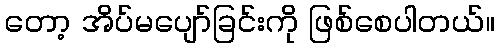
တော့ အိပ်မပျော်ခြင်းကို ဖြစ်စေပါတယ်။